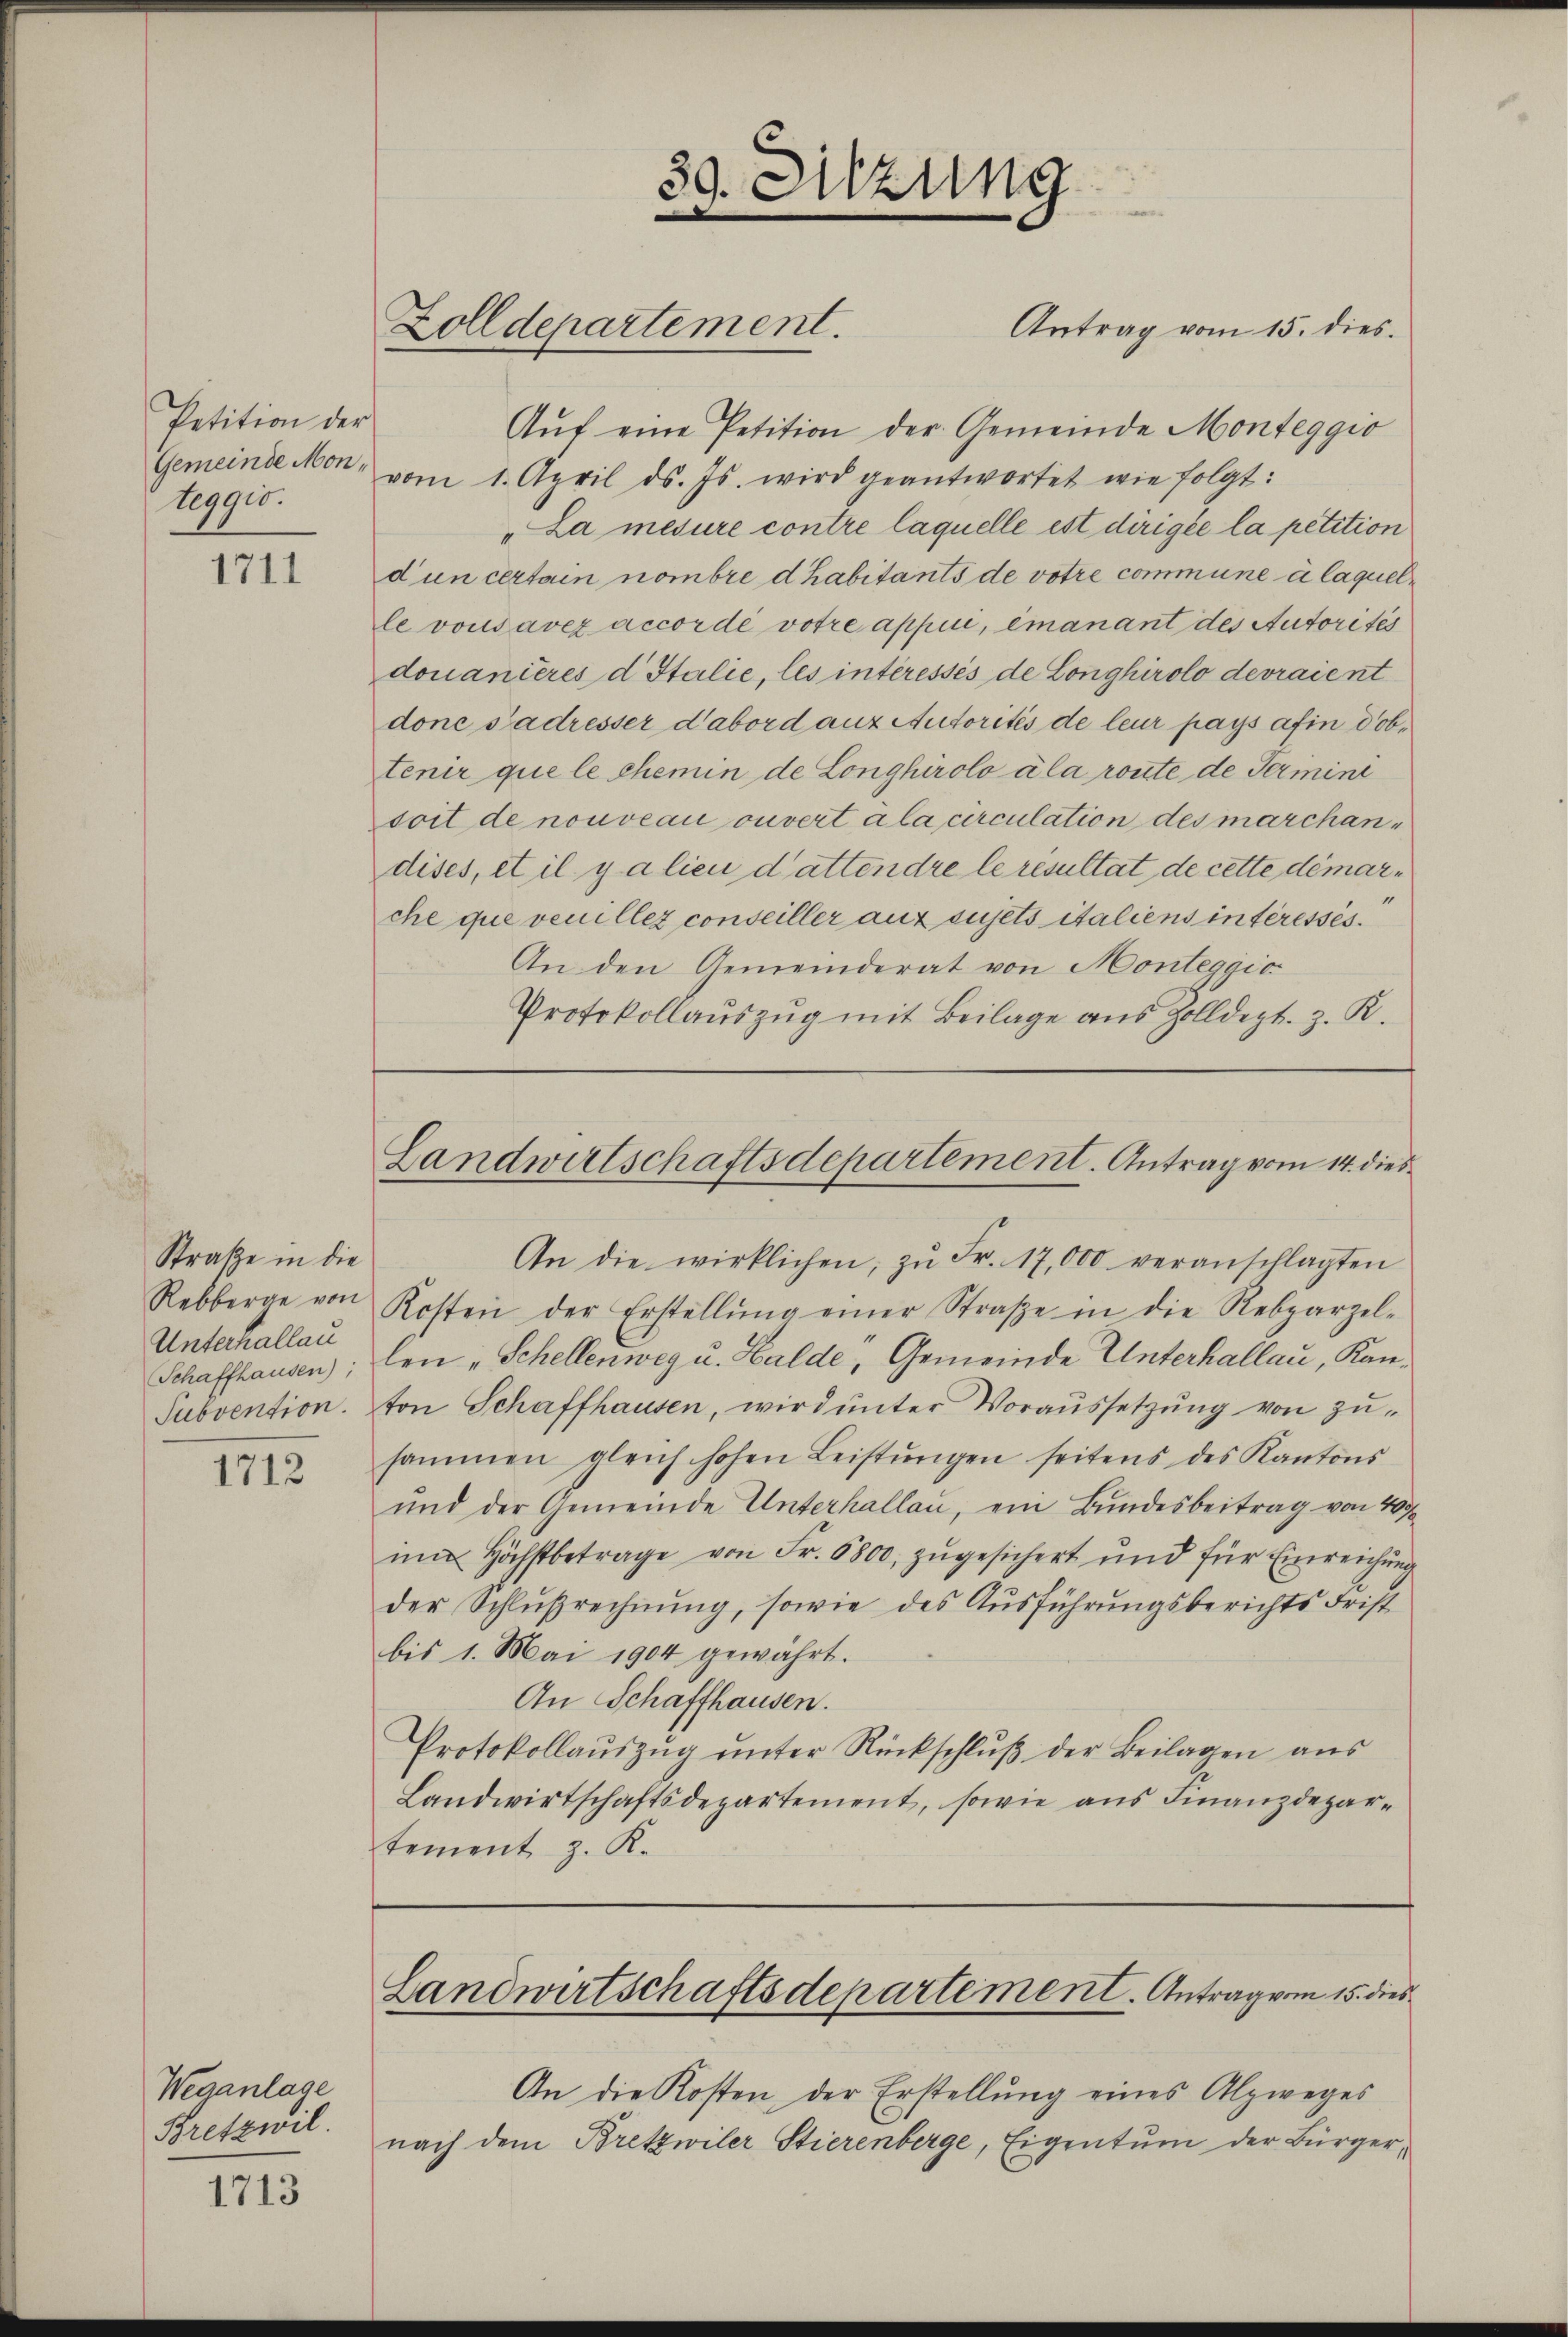
Petition der
Gemeinde Mon.
teggio.

1711

Straße in die
Rebberge von
Unterhallau
Schaffhausen);

1712

Weganlage
Bretzwil.

1713

39. Sitzung

Zolldepartement.

An die wirklichen, zu Fr. 17,000 veranschlagten
Kosten der Erstellŭng einer Straβe in die Rebparzel-
len „Schellenweg u. Halde, Gemeinde Unterhallau, Kan¬
Subvention. Von Schaffhausen, wird unter Voraussetzung von zusammen gleich hohen Leistŭngen seitens des Kantons
und der Gemeinde Unterhallan, ein Bundesbeitrag von 400
im höchstbetrage von Fr. 6800 zŭgesichert und für Einreichŭng
der Schlußrechnŭng, sowie des Aŭsführungsberichts Frist
bis 1. Mai 1904 gewährt.
An Schaffhausen.
Protokollaŭszŭg ŭnter Rückschlŭβ der Beilagen aus
Landwirtschaftsdepartement, sowie aus Finanzdepartement z. K.

Aŭf eine Petition der Gemeinde Monteggio
vom 1. April d. Js. wird geantwortet wie folgt:
"La mesure contre laquelle est dirigée la petition
dun certain nombre d habitants de votre commune à laquelle vonsavez accordé votre appui, émanant des Autorités
douanières d Italie, les intéressés de Longhirolo devraient
done Sadresser d’abord anz Autorités de leur pays afin dobtenir que le chemin de Longhirolo ála route de Termint
soit de nouveau ouvertála circulation des marchandises, et il y a lieu d’attendre le resultat de cette démarche que venillez conseiller aux sujets italiens interessés.
An den Gemeinderat von Monteggio
Protokollauszug mit Beilage aus Zolldept. z. R.

Antrag vom 15. dies.

Landwirtschaftsdepartement. Antrag vom 14. dies

Landwirtschaftsdepartement. Antrag vom 15. dies

An die Kosten der Erstellung eines Alzweges
nach dem Bretzwiler Stierenberge, Eigentum der Bürger¬